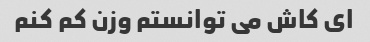
ای کاش می توانستم وزن کم کنم